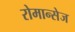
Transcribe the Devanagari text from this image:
रोमान्सेज